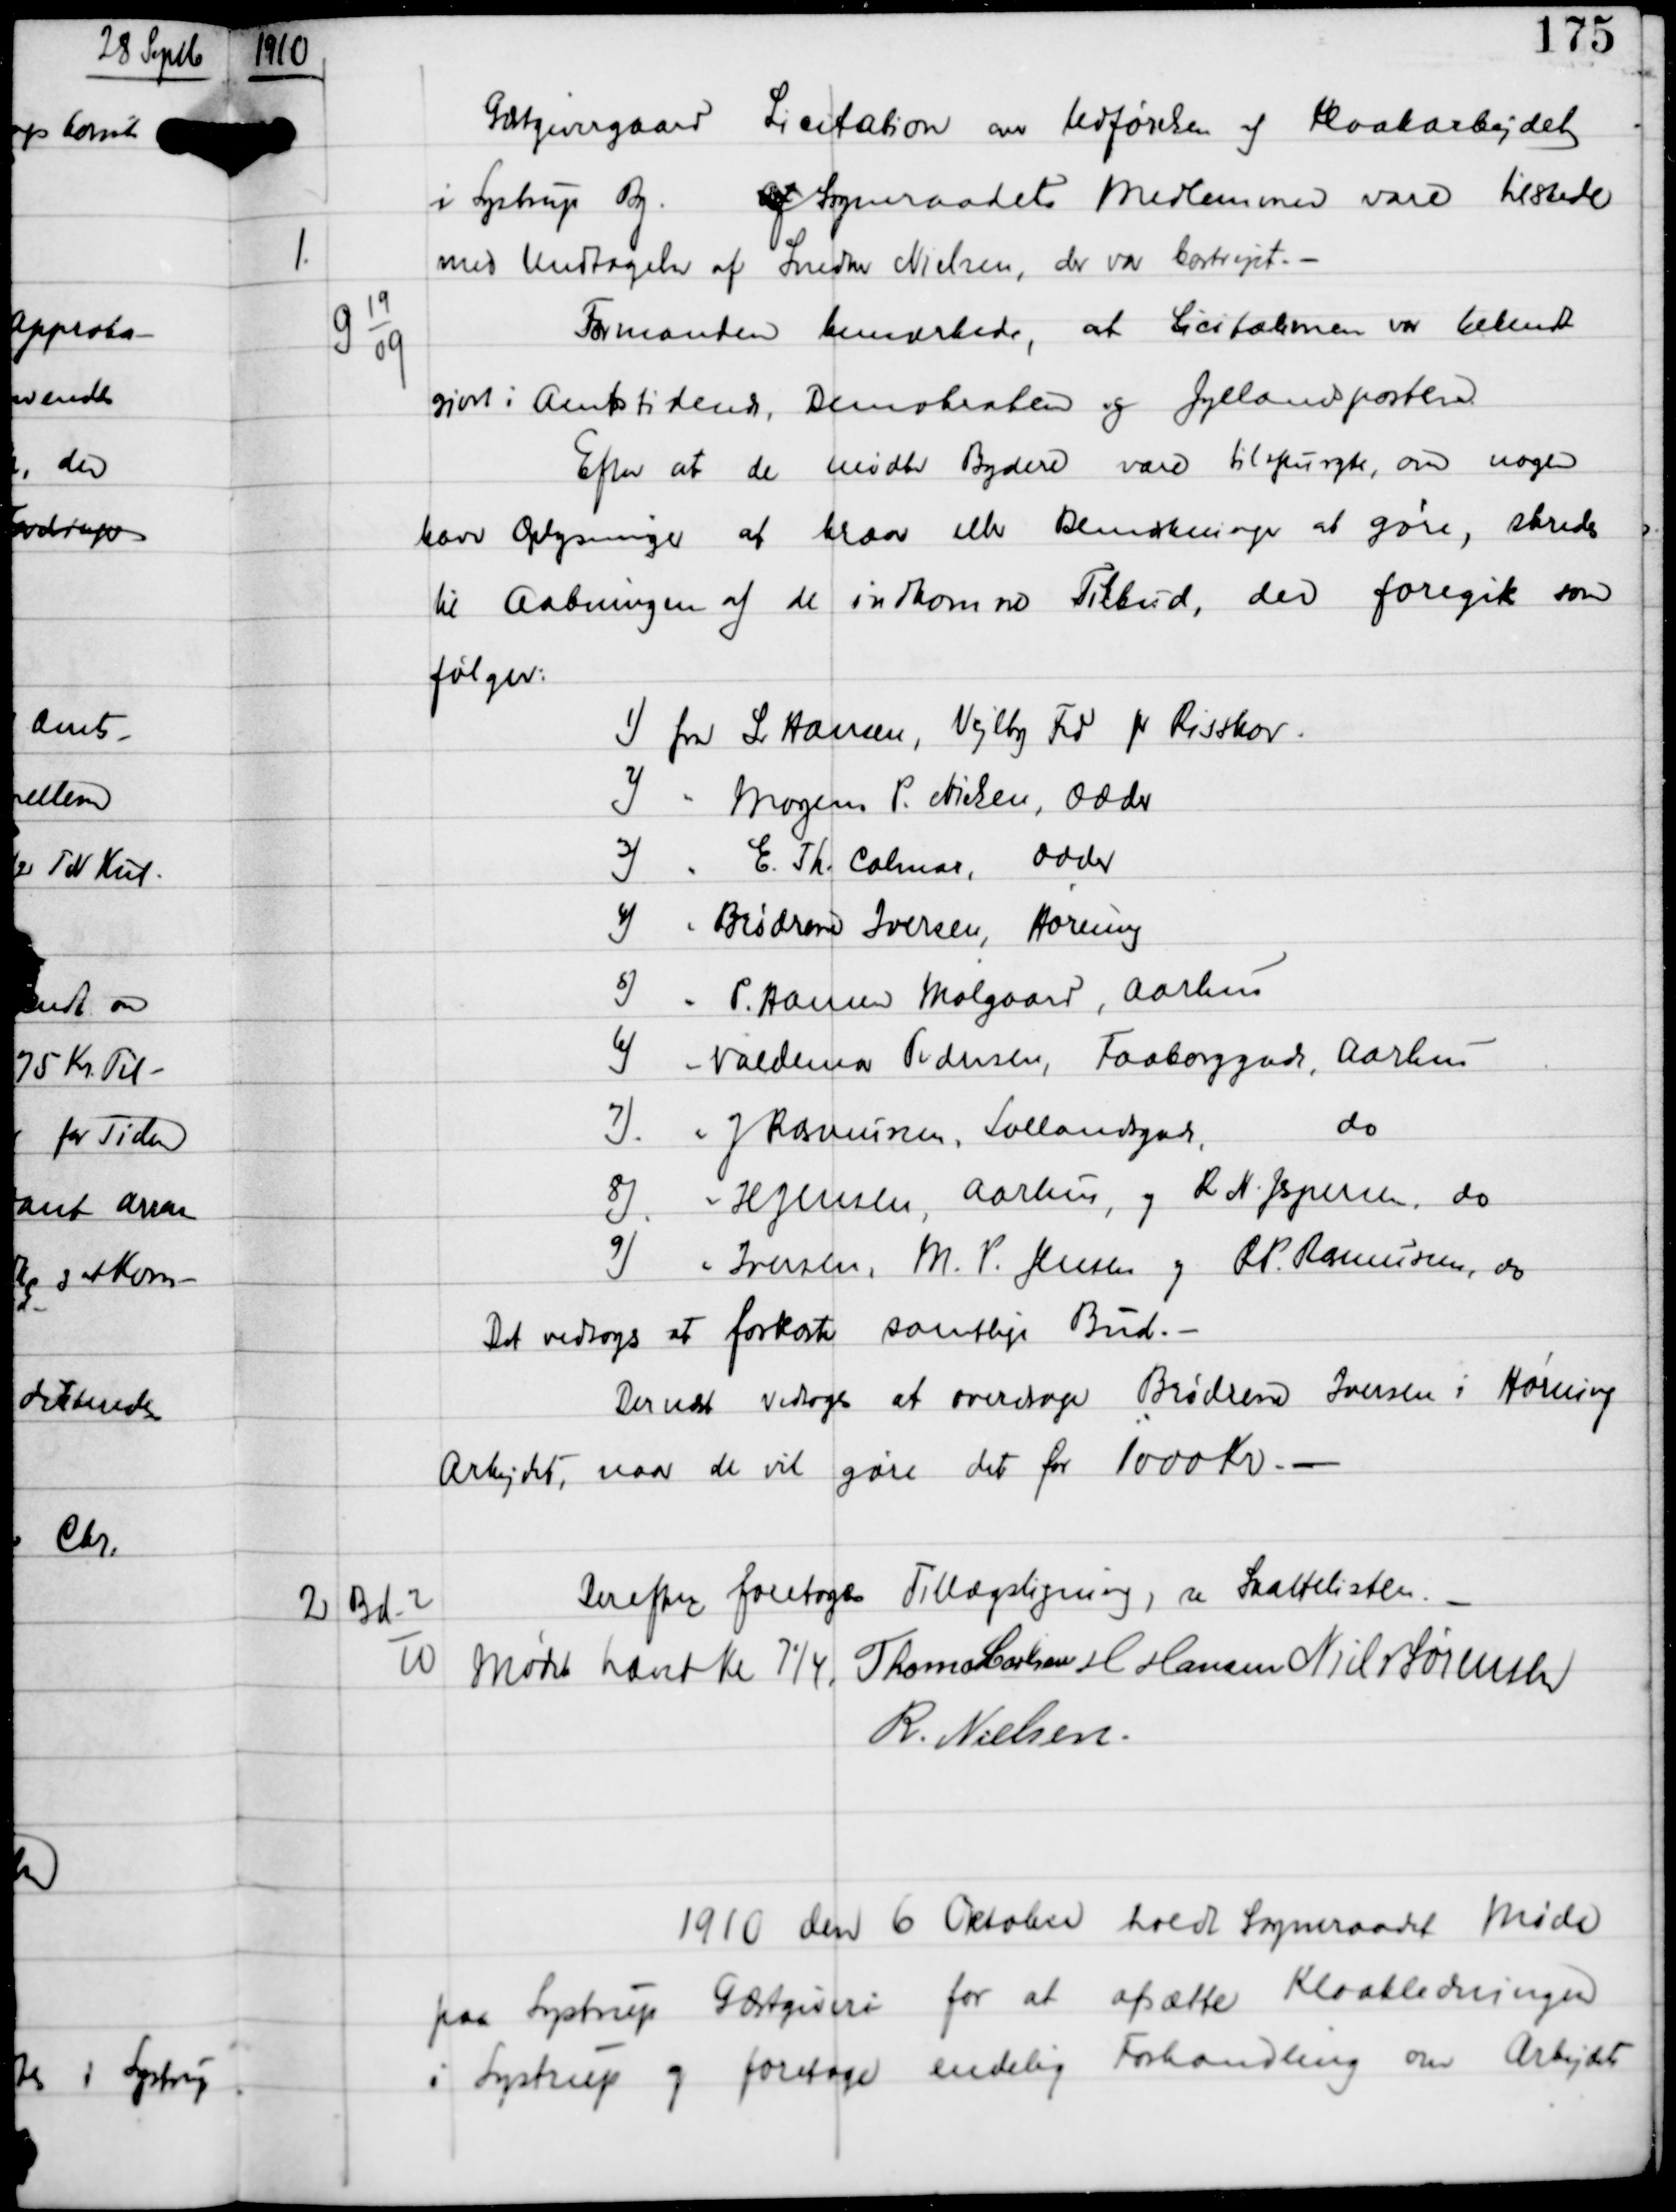
Transskription:
1910

Gæstgivergaard Licitation over Udførelsen af Kloakarbejdet
i Lystrup By.
 af Sogneraadets Medlemmer vare tilstede
med Undtagelse af Snedker Nielsen, der var bortrejst. -

1.

G 19
09

Formanden bemærkede, at Licitationen var Bekendt-
gjort i Amtstidende, Demokraten og Jyllandsposten
Efter at de mødte Bydere vare tilspurgte, om nogen
havde Oplysninger at klare eller Bemærkninger at gøre, skredes
til Aabningen af de indkomne Tilbud, der foregik som
følger:

1) fra L Hansen, Vejlby Fed pr Risskov
2) " Mogens P. Nielsen, Odder
3) " E. Th. Calmar, Odder
4) " Brødrene Iversen, Hørning
5) " P. Hansen Mølgaard, Aarhus
6) " Valdemar Pedersen, Faaborggade, Aarhus
7) " J Rasmussen, Lollandsgade, do
8) " H Jensen, Aarhus, og R N. Jespersen, do
9) " Iversen, M.P. Jensen og R P. Rasmussen, do

Det vedtoges at forkaste samtlige Bud. -
Dernæst vedtoges at overdrage Brødrene Iversen i Hørning
Arbejdet, naar de vil gøre det for 1000 Kr. -

2

Bd-2
10

Derefter foretoges Tillægsligning, se Skattelisten. -

Mødet hævet Kl 7¼.
Thomas Carlsen H Hansen Niels Sørensen
R. Nielsen

1910 den 6 Oktober holdt Sogneraadet Møde
paa Lystrup Gæstgiveri for at afsætte Kloakledningen
i Lystrup og foretage endelig Forhandling om Arbejdet